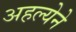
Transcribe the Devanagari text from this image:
अहल्येने